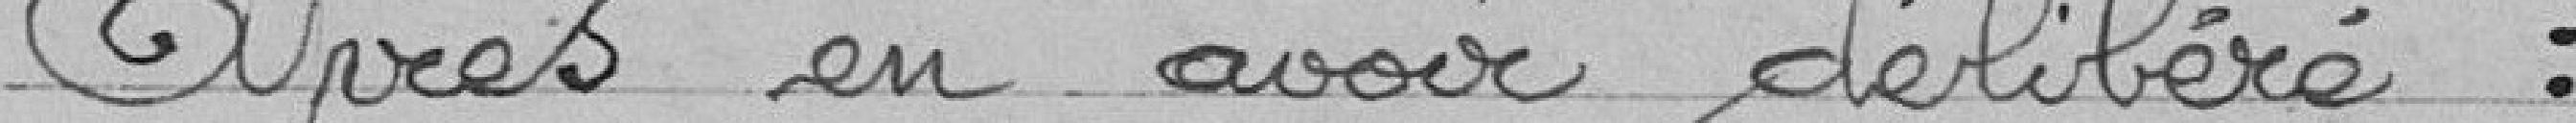
Après en avoir délibéré :